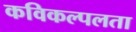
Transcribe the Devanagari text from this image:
कविकल्पलता